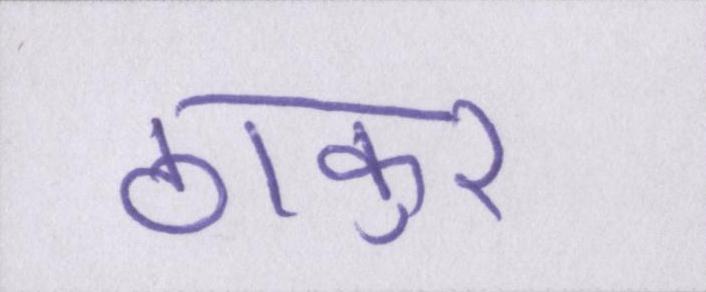
ठाकुर